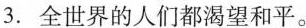
3.全世界的人们都渴望和平。